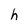
Character: h